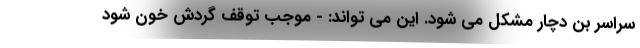
سراسر بن دچار مشکل می شود. این می تواند: - موجب توقف گردش خون شود